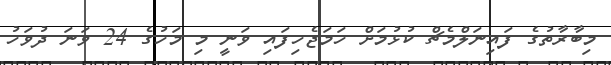
މިބާރާތުގެ ފައިނަލްމެޗް ކުޅުމަށް ހަމަޖެހިފައި ވަނީ މި މަހުގެ 24 ވަނަ ދުވަހު